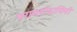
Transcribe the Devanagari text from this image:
परामर्शदायिनी